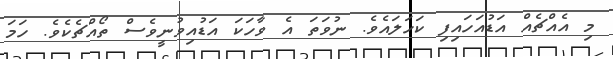
މި އެއްޗެއް އަޑުއަހައިފި ކަހަލައެވެ. ނުވަތަ އެ ވާހަކަ އަޑުއިވުނީވެސް ތޯއްޗެކެވެ. ހަމަ